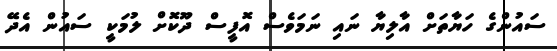
ސައުންގެ ހަޔާތަށް އާލިޔާ ނައި ނަމަވެސް އޮފީސް ދޫކޮށް ލުމަކީ ސައުން އެދޭ